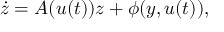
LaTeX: { \dot { z } } = A ( u ( t ) ) z + \phi ( y , u ( t ) ) ,